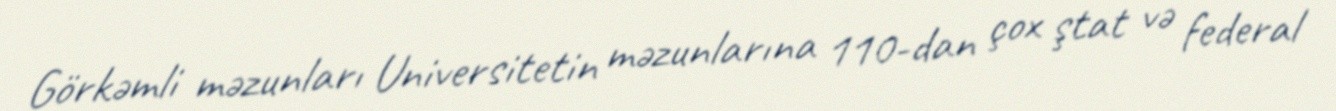
Görkəmli məzunları Universitetin məzunlarına 110-dan çox ştat və federal